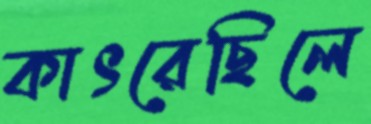
কাৎরেছিলে